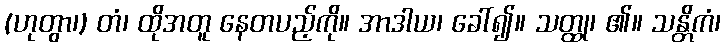
(ဟုတွာ၊) တံ၊ ထိုအတူ နေတပည့်ကို။ အာဒါယ၊ ခေါ်၍။ သတ္ထု၊ ၏။ သန္တိကံ၊